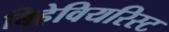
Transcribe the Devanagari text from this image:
बिहेवियरिस्ट